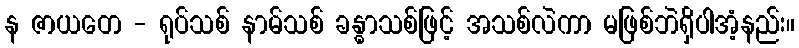
န ဇာယတေ - ရုပ်သစ် နာမ်သစ် ခန္ဓာသစ်ဖြင့် အသစ်လဲကာ မဖြစ်ဘဲရှိပါအံ့နည်း။